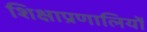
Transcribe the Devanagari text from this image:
शिक्षाप्रणालियों